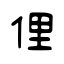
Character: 俚